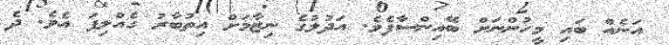
އަނެއް ބައި މީހުންނަށް ބޭއިންސާފެވެ. އަދުލުގެ ނިޒާމަށް އިތުބާރު ގެއްލިފަ އެވެ. ދެ